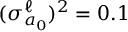
( \sigma _ { a _ { 0 } } ^ { \ell } ) ^ { 2 } = 0 . 1